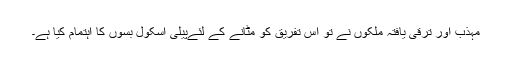
مہذّب اور ترقی یافتہ ملکوں نے تو اس تفریق کو مٹانے کے لئےپیلی اسکول بسوں کا اہتمام کیا ہے۔